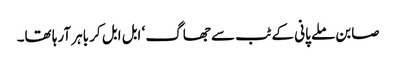
صابن ملے پانی کے ٹب سے جھاگ ‘ ابل ابل کر باہر آرہا تھا۔